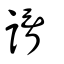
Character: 諝